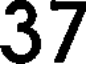
37